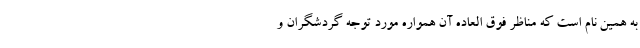
به همین نام است که مناظر فوق العاده آن همواره مورد توجه گردشگران و